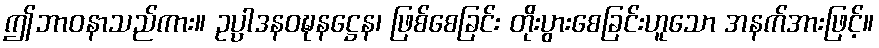
ဤဘာဝနာသည်ကား။ ဥပ္ပာဒနဝဍ္ဎနဋ္ဌေန၊ ဖြစ်စေခြင်း တိုးပွားစေခြင်းဟူသော အနက်အားဖြင့်။